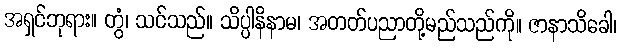
အရှင်ဘုရား။ တွံ၊ သင်သည်။ သိပ္ပါနိနာမ၊ အတတ်ပညာတို့မည်သည်ကို။ ဇာနာသိခေါ၊